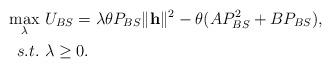
LaTeX: \begin{align*}\max_{\lambda}&~ U_{BS} = \lambda \theta P_{BS} \|\mathbf{h}\|^{2} - \theta (AP_{BS}^{2} + BP_{BS}),\\s.t. &~\lambda \geq 0.\end{align*}